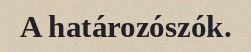
A határozószók.